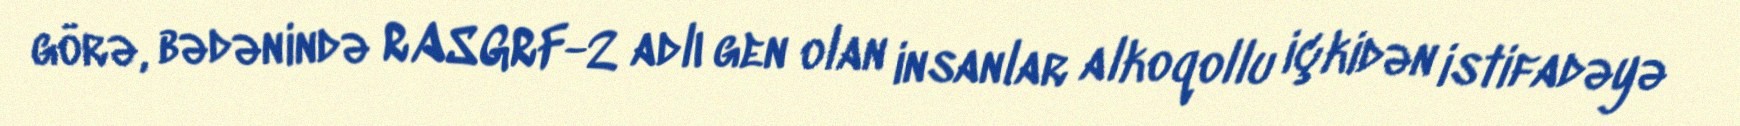
görə, bədənində RASGRF-2 adlı gen olan insanlar alkoqollu içkidən istifadəyə